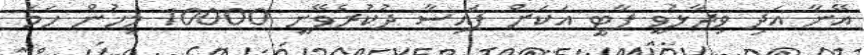
އޭނާ އަދި ވިދާޅުވީ ޕާޓީ އަކަށް ފައިސާ ދުކުރެވޭނީ 10000 މީހުން ހަމަ